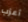
أعزب